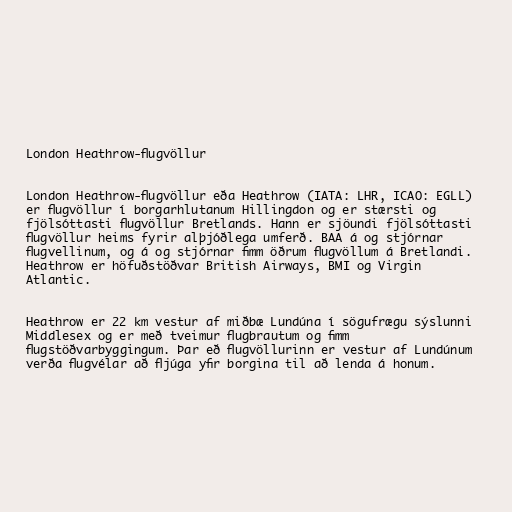
London Heathrow-flugvöllur

London Heathrow-flugvöllur eða Heathrow (IATA: LHR, ICAO: EGLL)
er flugvöllur í borgarhlutanum Hillingdon og er stærsti og
fjölsóttasti flugvöllur Bretlands. Hann er sjöundi fjölsóttasti
flugvöllur heims fyrir alþjóðlega umferð. BAA á og stjórnar
flugvellinum, og á og stjórnar fimm öðrum flugvöllum á Bretlandi.
Heathrow er höfuðstöðvar British Airways, BMI og Virgin
Atlantic.

Heathrow er 22 km vestur af miðbæ Lundúna í sögufrægu sýslunni
Middlesex og er með tveimur flugbrautum og fimm
flugstöðvarbyggingum. Þar eð flugvöllurinn er vestur af Lundúnum
verða flugvélar að fljúga yfir borgina til að lenda á honum.